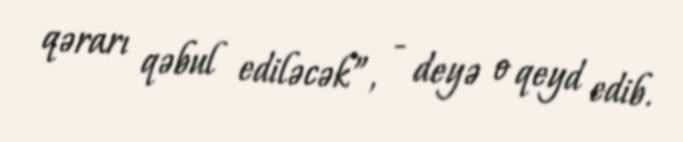
qərarı qəbul ediləcək”, - deyə o qeyd edib.